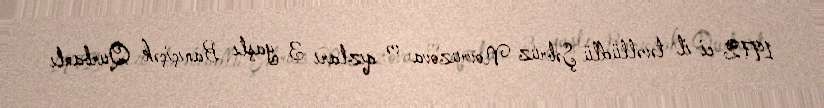
1972-ci il təvəllüdlü Şəbruz Novruzova və qızları 3 yaşlı Banıçiçək Qurbanlı